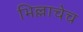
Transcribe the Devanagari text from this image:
भिल्लाचेच